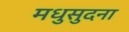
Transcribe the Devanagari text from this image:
मधुसुदना